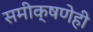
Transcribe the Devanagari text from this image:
समीक्षणेही